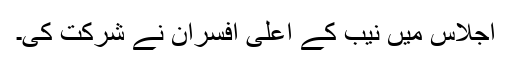
اجلاس میں نیب کے اعلیٰ افسران نے شرکت کی۔